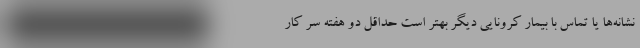
نشانه‌ها یا تماس با بیمار کرونایی دیگر بهتر است حداقل دو هفته سر کار